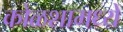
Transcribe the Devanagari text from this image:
कोळशामध्ये